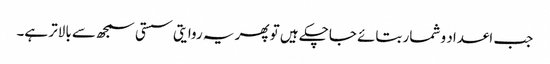
جب اعداد و شمار بتائے جاچکے ہیں تو پھر یہ روایتی سستی سمجھ سے بالاتر ہے۔